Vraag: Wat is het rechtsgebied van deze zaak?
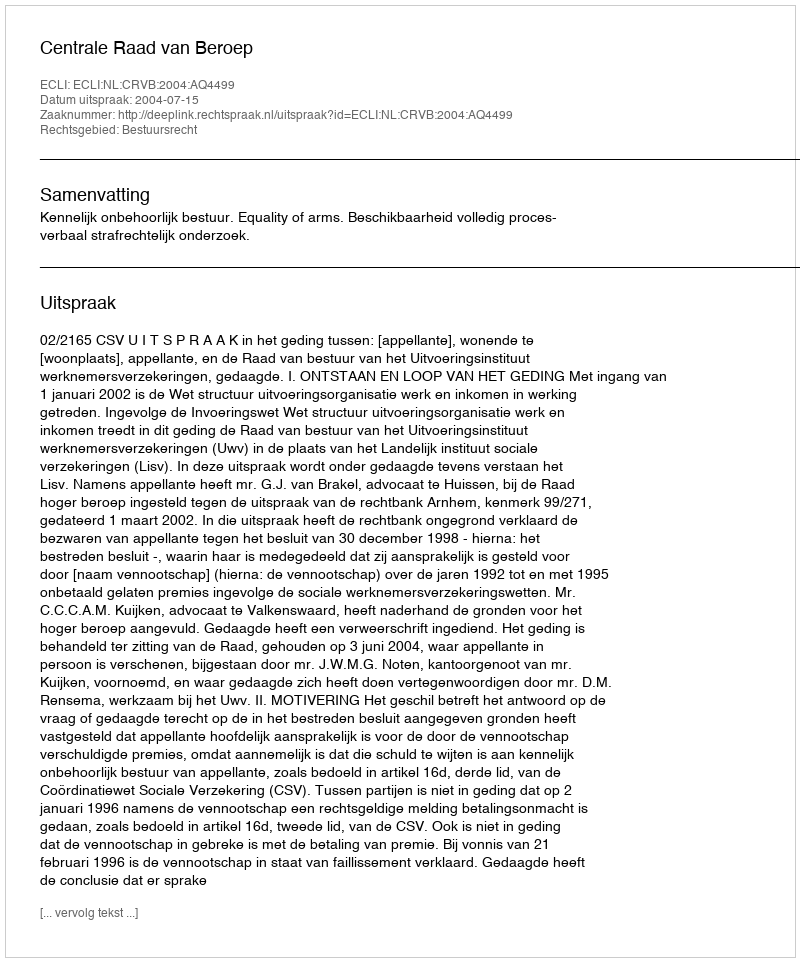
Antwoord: Bestuursrecht